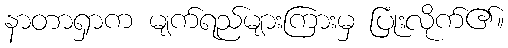
နာတာရှာက မျက်ရည်များကြားမှ ပြုံးလိုက်၏။